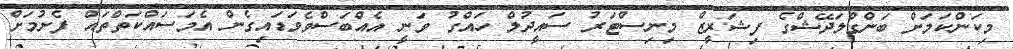
މިކަންކަމަށް ބަންގްލަދޭޝްގެ ފިޝަރީޒް މިނިސްޓަރު ސައީދުލް ހައްގު ވަނީ އެއްބަސްވެވަޑައިގެން އެމަސައްކަތްތައް ފެށުމަށް